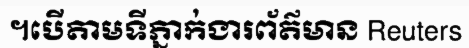
។បើតាមទីភ្នាក់ងារព័ត៌មាន Reuters